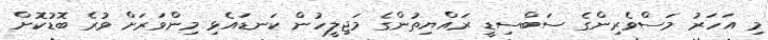
މި އަހަރު މަސްވެރިންގެ ސަބްސިޑީ ރައްޔިތުންގެ މަޖިލީހުން ކަނޑައެޅި މިންވަރަށް ވުރެ ބޮޑުކޮށް